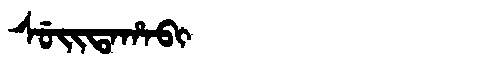
Manchu: ᠰᡠᡳᡨᠠᡥᠠᠪᡳ
Romanization: SUITAHABI